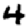
Digit: 4